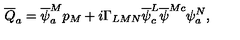
\overline { { Q } } _ { a } = \overline { { \psi } } _ { a } ^ { M } p _ { M } + i \Gamma _ { L M N } \overline { { \psi } } _ { c } ^ { L } \overline { { \psi } } ^ { M c } \psi _ { a } ^ { N } ,